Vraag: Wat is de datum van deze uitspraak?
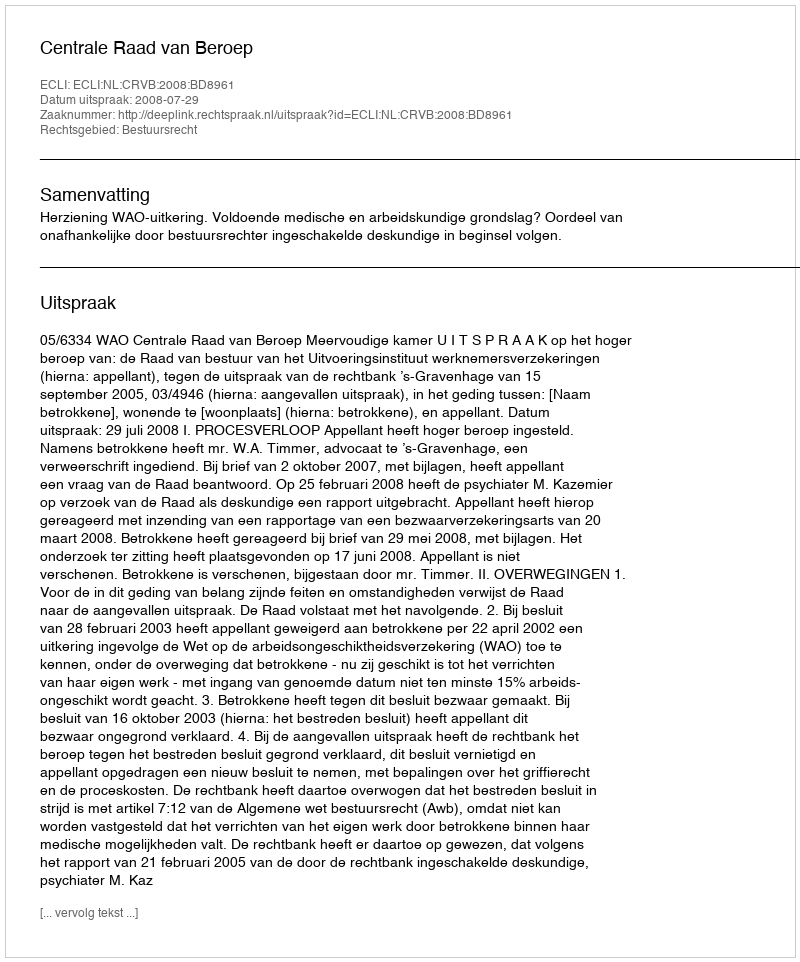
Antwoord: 2008-07-29